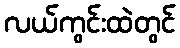
လယ်ကွင်းထဲတွင်